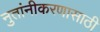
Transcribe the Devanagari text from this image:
नुतांनीकरणासाठी